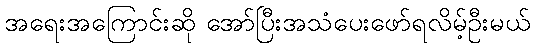
အရေးအကြောင်းဆို အော်ပြီးအသံပေးဖော်ရလိမ့်ဦးမယ်